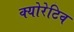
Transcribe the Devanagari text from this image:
क्योरेटिव